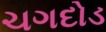
ચગદોડ